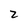
Character: 2